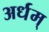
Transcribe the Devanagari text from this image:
अर्धम्